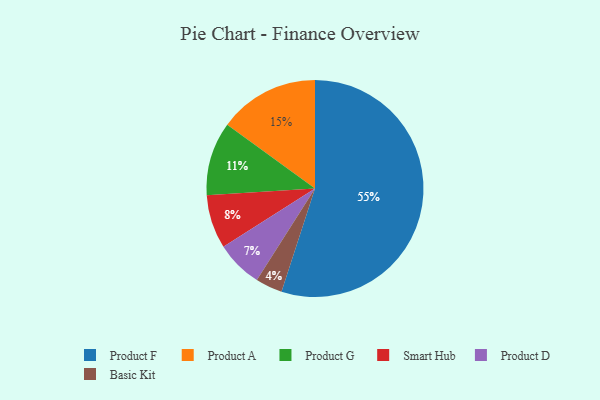
{"axis": {"x": "Category", "y": "Percentage"}, "legend": ["Basic Kit", "Product A", "Product D", "Product F", "Product G", "Smart Hub"], "data": [{"x": "Product D", "y": 7, "type": "Product D"}, {"x": "Product A", "y": 15, "type": "Product A"}, {"x": "Product F", "y": 55, "type": "Product F"}, {"x": "Basic Kit", "y": 4, "type": "Basic Kit"}, {"x": "Smart Hub", "y": 8, "type": "Smart Hub"}, {"x": "Product G", "y": 11, "type": "Product G"}]}